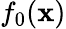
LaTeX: f_{0}(\mathbf{x})